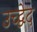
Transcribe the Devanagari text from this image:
उच्द्वेद